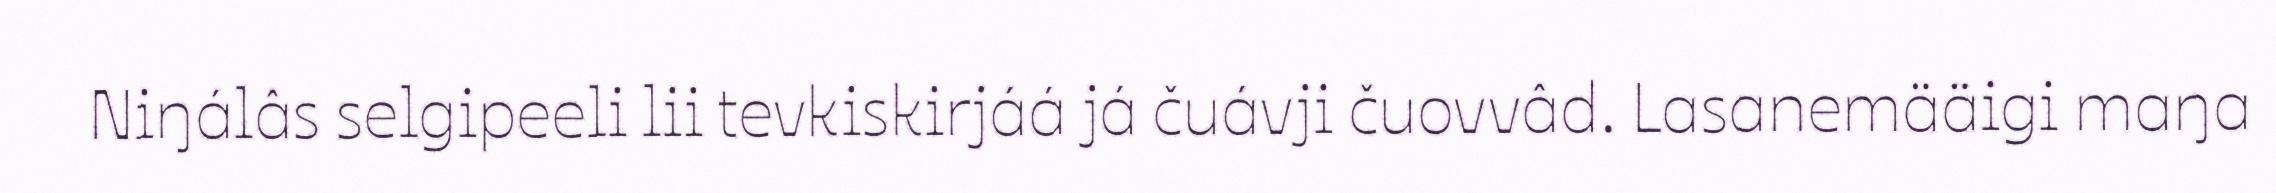
Niŋálâs selgipeeli lii tevkiskirjáá já čuávji čuovvâd. Lasanemääigi maŋa